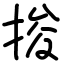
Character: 捘